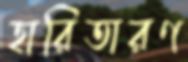
হারিতারণ